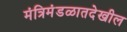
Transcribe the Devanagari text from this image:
मंत्रिमंडळातदेखील